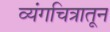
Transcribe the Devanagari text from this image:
व्यंगचित्रातून